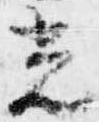
光